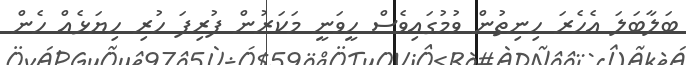
ބަލާބަލަ އެހެރަ ހިނިތުން ވުމުގައިވެސް ހީވަނީ މަކަރުން ފުރިފަ ހުރި ހިޔަޅެއް ހެން